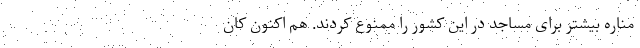
مناره‌ بیشتر برای مساجد در این کشور را ممنوع کردند. هم ‌اکنون کان